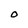
Character: O